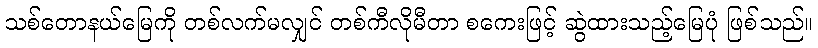
သစ်တောနယ်မြေကို တစ်လက်မလျှင် တစ်ကီလိုမီတာ စကေးဖြင့် ဆွဲထားသည့်မြေပုံ ဖြစ်သည်။